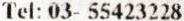
TEL: 03- 55423228